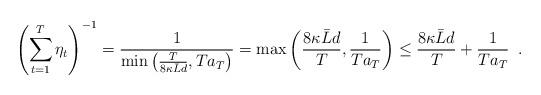
LaTeX: \begin{align*} \left(\sum_{t=1}^{T}\eta_t\right)^{-1} = \frac{1}{\min\left(\frac{T}{8\kappa \bar{L}d},Ta_T\right)} = \max\left(\frac{8\kappa \bar{L}d}{T},\frac{1}{Ta_T}\right) \leq \frac{8\kappa \bar{L}d}{T}+\frac{1}{Ta_T}\enspace. \end{align*}